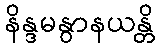
နိန္ဒမနွာနယန္တိ